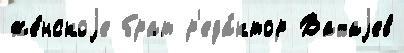
же́нскоjе брат р'еда́ктор Вахаjев